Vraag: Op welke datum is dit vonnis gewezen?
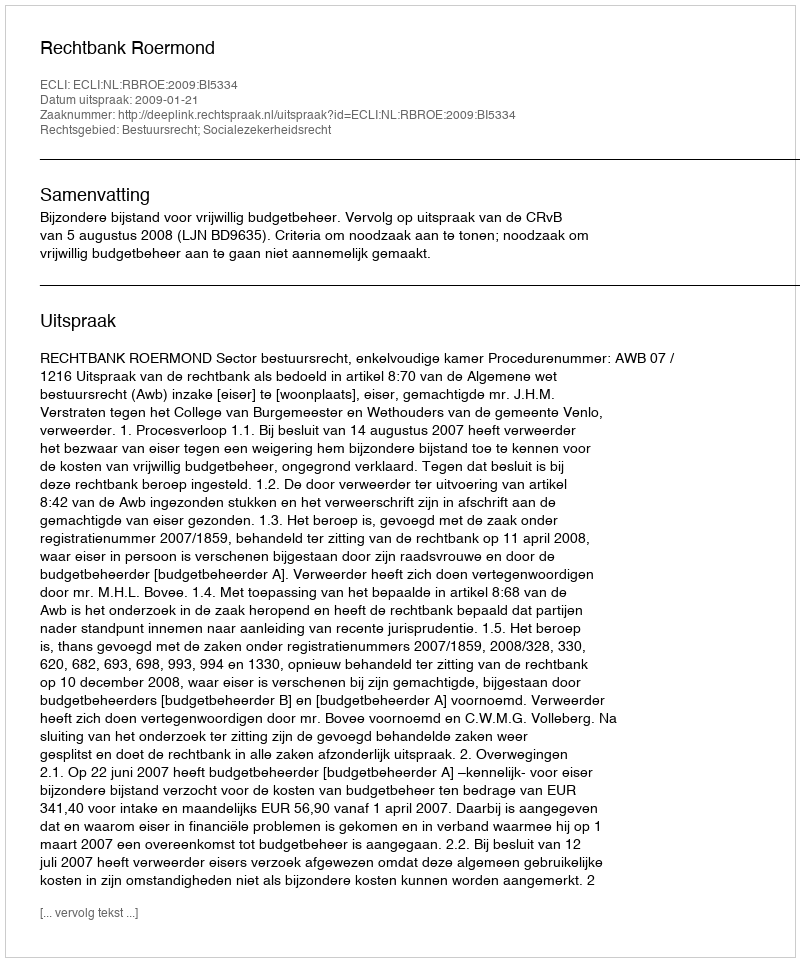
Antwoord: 2009-01-21